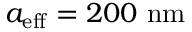
a _ { \mathrm { e f f } } = 2 0 0 \ \mathrm { n m }